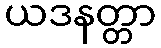
ယဒနတ္တာ